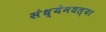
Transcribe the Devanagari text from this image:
संध्येमधल्या